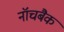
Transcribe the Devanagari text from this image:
नॉचबैक